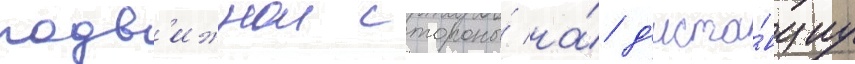
подв'ижнои стороны́ на́ д'иста́нциу